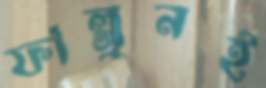
ফাল্গুনই